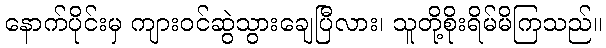
နောက်ပိုင်းမှ ကျားဝင်ဆွဲသွားချေပြီလား၊ သူတို့စိုးရိမ်မိကြသည်။